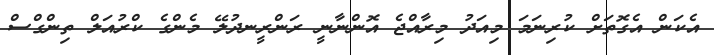
އެކަން އެެގޮތަށް ކުރިނަމަ މިއަދު މިރާއްޖެ އޮންނާނީ ރަންރީނދުލޭ މެންގެ ކްރުއަލް ތިންގްސް